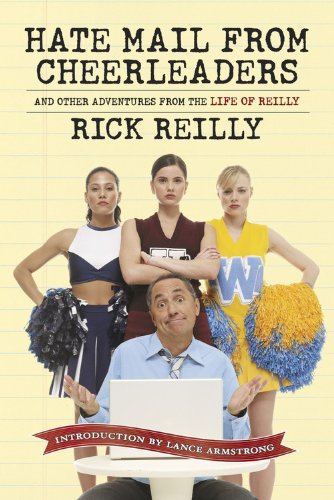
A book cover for Sports Illustrated: Hate Mail from Cheerleaders and Other Adventures from the Life of Rick Reilly; Rick Reilly; Sports & Outdoors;